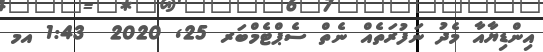
އިންޑިޔާއާ މެދު ނަފުރަތެއް ނެތް ސެޕްޓެމްބަރ 25